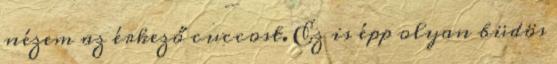
nézem az érkező cuccost. Ez is épp olyan büdös